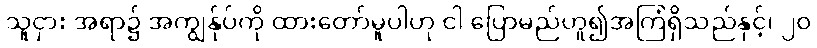
သူငှား အရာ၌ အကျွန်ုပ်ကို ထားတော်မူပါဟု ငါ ပြောမည်ဟူ၍အကြံရှိသည်နှင့်၊ ၂၀